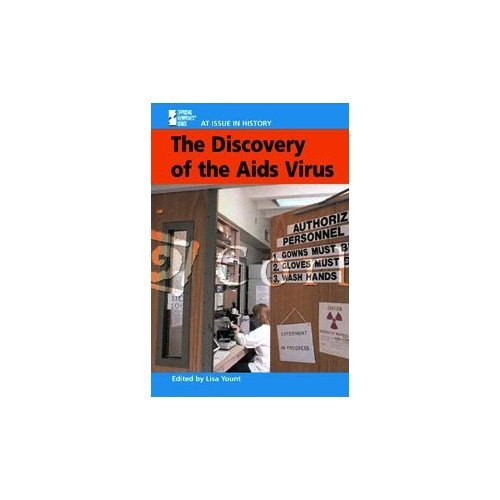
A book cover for At Issue in History - Discovery of the AIDS Virus (hardcover edition); Teen & Young Adult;